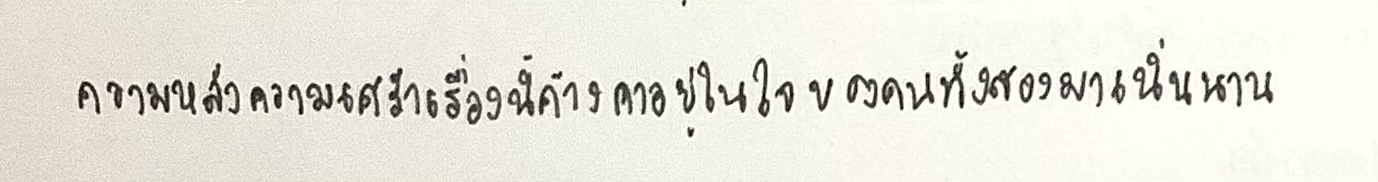
ความหลังความเศร้าเรื่องนี้ค้างคาอยู่ในใจของคนทั้งสองมาเนิ่นนาน